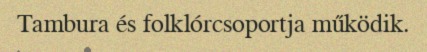
Tambura és folklórcsoportja működik.